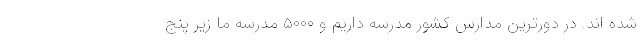
شده اند. در دورترین مدارس کشور مدرسه داریم و ۵۰۰۰ مدرسه ما زیر پنج